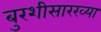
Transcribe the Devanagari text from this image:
बुरशीसारख्या